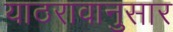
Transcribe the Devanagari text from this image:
याठरावानुसार